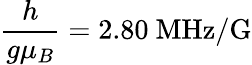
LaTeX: \frac{h}{g\mu_{B}}=2.80~\mathrm{MHz/G}